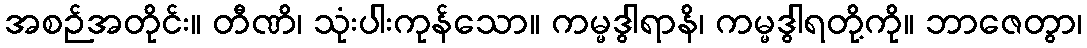
အစဉ်အတိုင်း။ တီဏိ၊ သုံးပါးကုန်သော။ ကမ္မဒွါရာနိ၊ ကမ္မဒွါရတို့ကို။ ဘာဇေတွာ၊